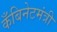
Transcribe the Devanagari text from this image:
कँबिनेटमंत्री